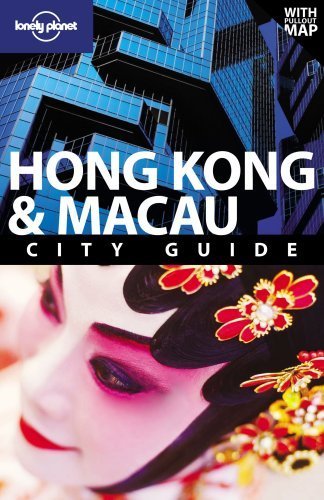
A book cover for Hong Kong & Macau (City Travel Guide) by Andrew Stone, Piera Chen, Chung Wah Chow (2010) Paperback; Piera Chen, Chung Wah Chow Andrew Stone; Travel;